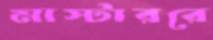
মাস্টাররে